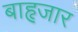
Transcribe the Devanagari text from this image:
बाहृजार